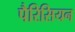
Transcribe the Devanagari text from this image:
पैरिसियन